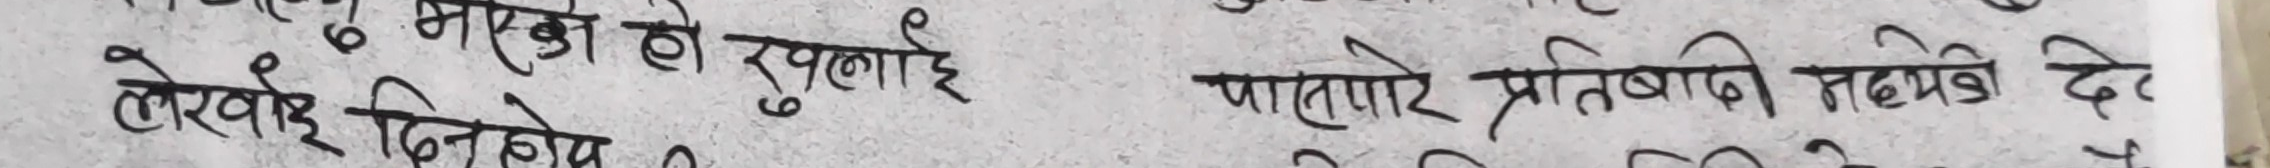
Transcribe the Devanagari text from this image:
लेखाई दिनहोस खुलाइ जातेपारे प्रतिबाधी नदेखिए